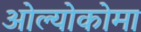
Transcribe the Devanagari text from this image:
ओल्योकोमा